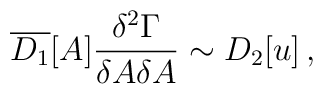
\overline{D_1}[A]\frac{\delta ^2\Gamma }{\delta A\delta A} \sim D_2[u]\,,